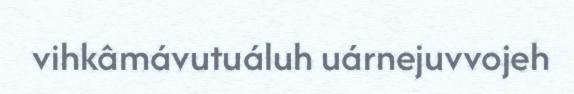
vihkâmávutuáluh uárnejuvvojeh